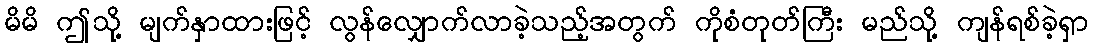
မိမိ ဤသို့ မျက်နှာထားဖြင့် လွန်လျှောက်လာခဲ့သည့်အတွက် ကိုစံတုတ်ကြီး မည်သို့ ကျန်ရစ်ခဲ့ရှာ